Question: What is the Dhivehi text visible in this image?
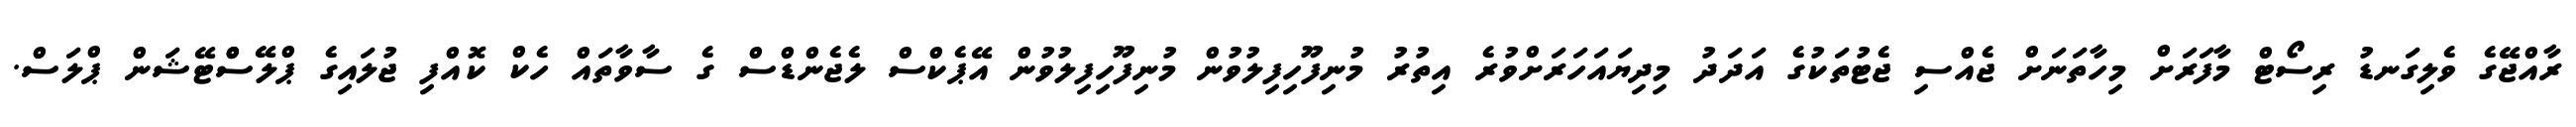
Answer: ރާއްޖޭގެ ވެލިގަނޑު ރިސޯޓް މާފަރަށް މިހާތަނަށް ޖެއްސި ޖެޓުތަކުގެ އަދަދު މިދިޔައަހަރަށްވުރެ އިތުރު މުނިފޫހިފިލުވުން މުނިފޫހިފިލުވުން އޭޕެކްސް ލެޖެންޑްސް ގެ ސާވާތައް ހެކް ކޮއްފި ޖުލައިގެ ޕްލޭސްްޓޭޝަން ޕްލަސް.